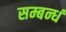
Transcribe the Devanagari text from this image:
सम्बन्धं